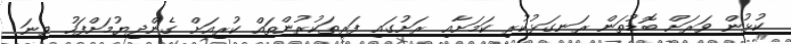
ކުޅުން ވަރަށް ބޮޑުތަން ރަނގަޅުކުރި ކަމަށާއި ރަށުގައި ފަރިތަކުރުންތައް ކުރިއަށް ގެންދިޔުމަށްފަހު ވިނަ